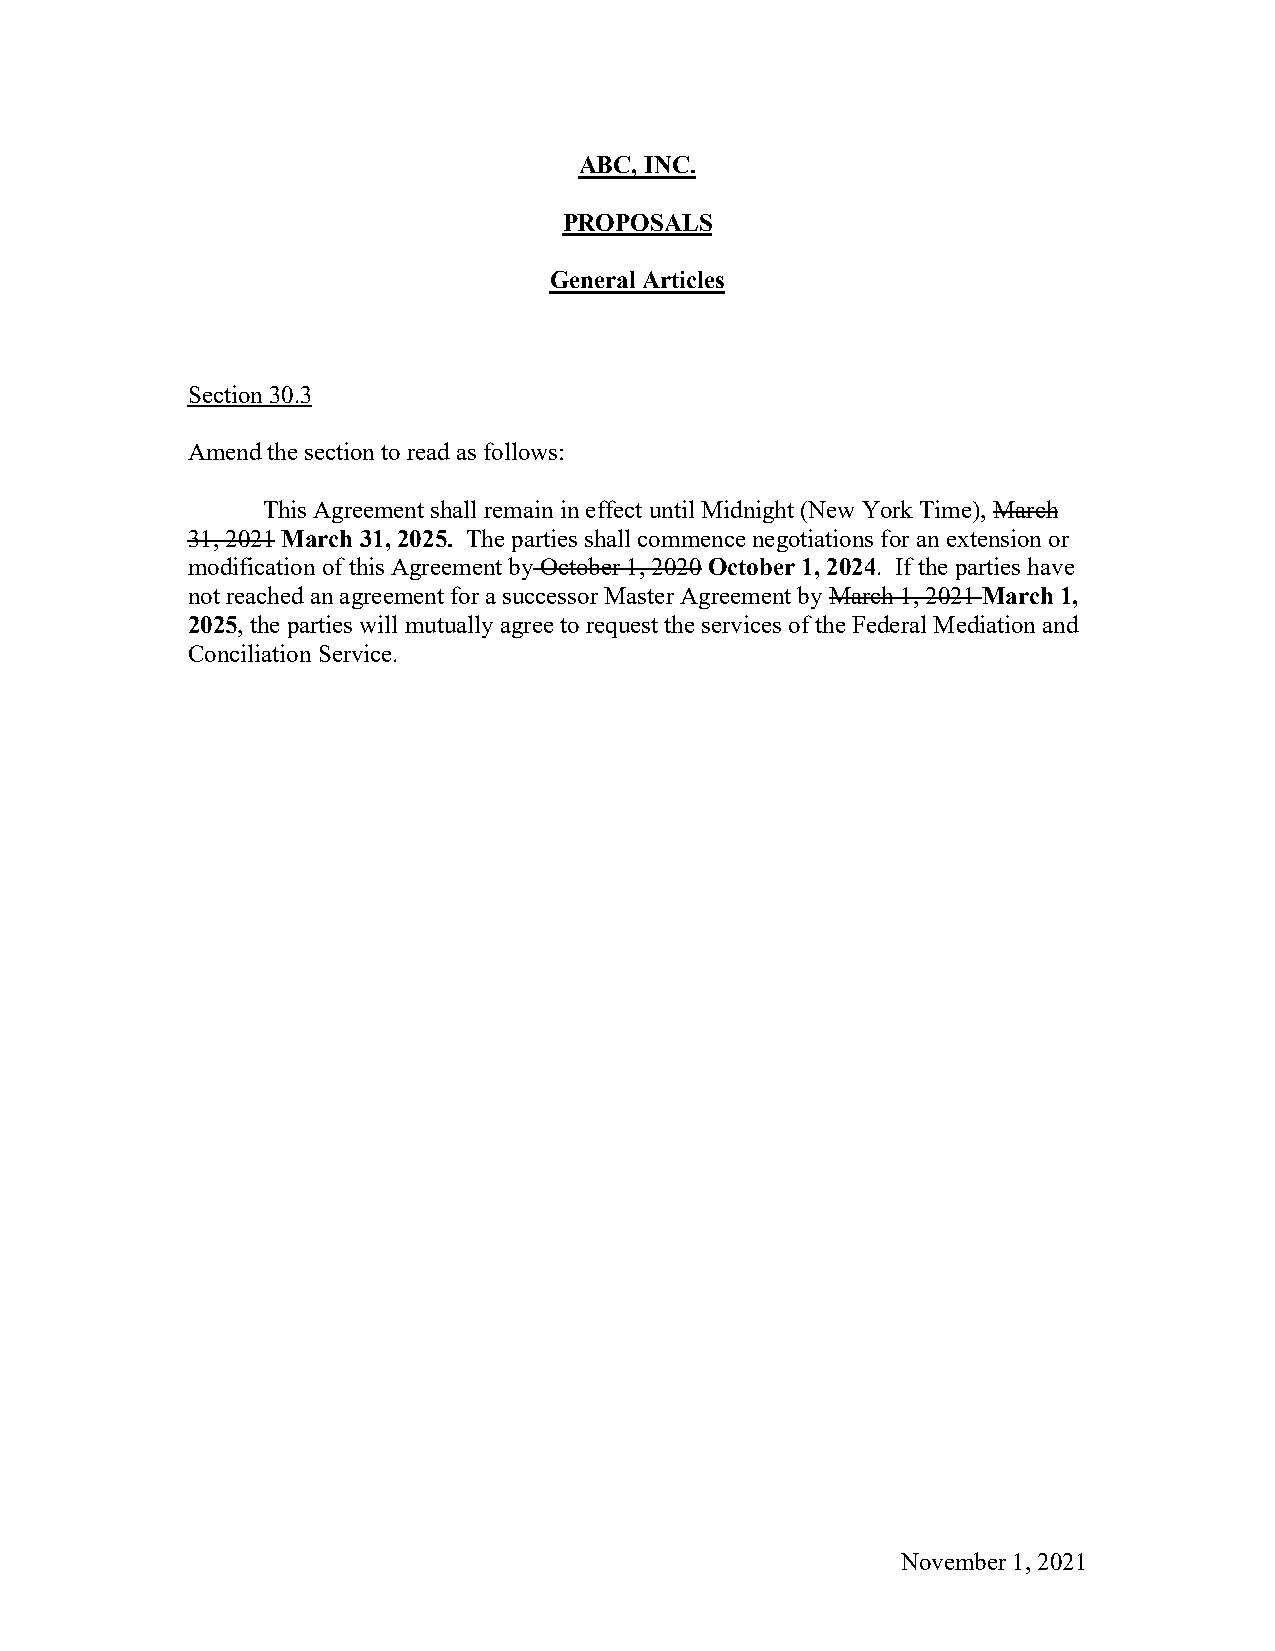
ABC, INC.
 PROPOSALS
 General Articles
 Section 30.3
 Amend the section to read as follows:
 This Agreement shall remain in effect until Midnight (New York Time), March
 31, 2021 March 31, 2025. The parties shall commence negotiations for an extension or
 modification of this Agreement by October 1, 2020 October 1, 2024. If the parties have
 not reached an agreement for a successor Master Agreement by March 1, 2021 March 1,
 2025, the parties will mutually agree to request the services of the Federal Mediation and
 Conciliation Service.
 November 1, 2021